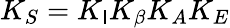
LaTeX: K_{S}=K_{\mathsf{I}}K_{\beta}K_{A}K_{E}